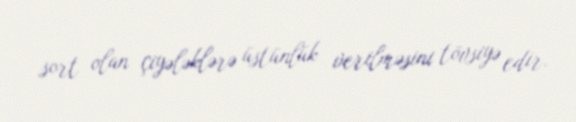
sort olan çiyələklərə üstünlük verilməsini tövsiyə edir.